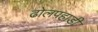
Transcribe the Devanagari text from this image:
ढोलपहाड़ी